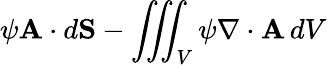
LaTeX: \psi\mathbf{A}\cdot d\mathbf{S}-\iiint_{V}\psi\nabla\cdot\mathbf{A}\, dV